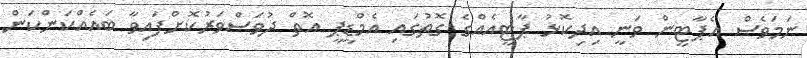
ނަމަވެސް އެޕާޓީން ވަނީ އިދިކޮޅު ޕާޓީއެއްގެ ގޮތުގައި އެމްޑީޕީ އޮތް ދުވަސްވަރުކޮށްފައިވާ ބައެއްކަންކަން